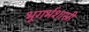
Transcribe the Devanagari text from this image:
भूगर्भशास्री